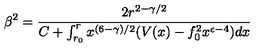
\beta ^ { 2 } = \frac { 2 r ^ { 2 - \gamma / 2 } } { C + \int _ { r _ { 0 } } ^ { r } x ^ { ( 6 - \gamma ) / 2 } ( V ( x ) - f _ { 0 } ^ { 2 } x ^ { \epsilon - 4 } ) d x }